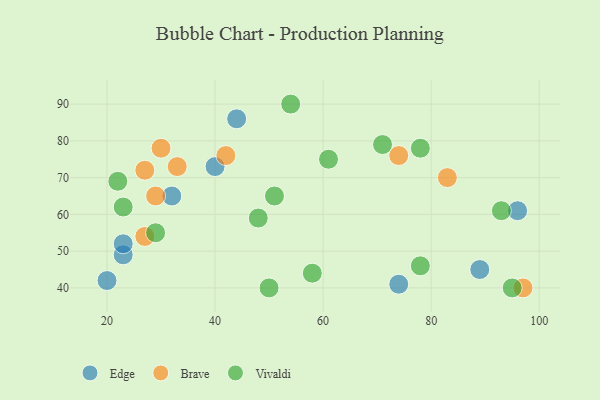
{"axis": {"x": "GDP", "y": "Life Expectancy"}, "legend": ["Brave", "Edge", "Vivaldi"], "data": [{"x": "23", "y": 49, "type": "Edge"}, {"x": "74", "y": 41, "type": "Edge"}, {"x": "96", "y": 61, "type": "Edge"}, {"x": "32", "y": 65, "type": "Edge"}, {"x": "44", "y": 86, "type": "Edge"}, {"x": "40", "y": 73, "type": "Edge"}, {"x": "89", "y": 45, "type": "Edge"}, {"x": "20", "y": 42, "type": "Edge"}, {"x": "23", "y": 52, "type": "Edge"}, {"x": "42", "y": 76, "type": "Brave"}, {"x": "33", "y": 73, "type": "Brave"}, {"x": "30", "y": 78, "type": "Brave"}, {"x": "27", "y": 72, "type": "Brave"}, {"x": "27", "y": 54, "type": "Brave"}, {"x": "29", "y": 65, "type": "Brave"}, {"x": "97", "y": 40, "type": "Brave"}, {"x": "74", "y": 76, "type": "Brave"}, {"x": "83", "y": 70, "type": "Brave"}, {"x": "78", "y": 78, "type": "Vivaldi"}, {"x": "61", "y": 75, "type": "Vivaldi"}, {"x": "95", "y": 40, "type": "Vivaldi"}, {"x": "22", "y": 69, "type": "Vivaldi"}, {"x": "71", "y": 79, "type": "Vivaldi"}, {"x": "51", "y": 65, "type": "Vivaldi"}, {"x": "48", "y": 59, "type": "Vivaldi"}, {"x": "54", "y": 90, "type": "Vivaldi"}, {"x": "50", "y": 40, "type": "Vivaldi"}, {"x": "23", "y": 62, "type": "Vivaldi"}, {"x": "78", "y": 46, "type": "Vivaldi"}, {"x": "93", "y": 61, "type": "Vivaldi"}, {"x": "58", "y": 44, "type": "Vivaldi"}, {"x": "29", "y": 55, "type": "Vivaldi"}]}